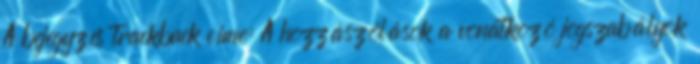
A bejegyzés trackback címe: A hozzászólások a vonatkozó jogszabályok